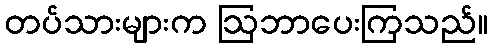
တပ်သားများက ဩဘာပေးကြသည်။